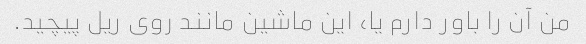
من آن را باور دارم یا، این ماشین مانند روی ریل پیچید.